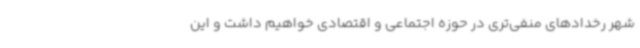
شهر رخدادهای منفی‌تری در حوزه اجتماعی و اقتصادی خواهیم داشت و این